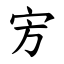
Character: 㝑